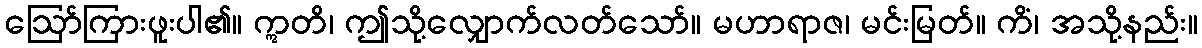
ဩော်ကြားဖူးပါ၏။ ဣတိ၊ ဤသို့လျှောက်လတ်သော်။ မဟာရာဇ၊ မင်းမြတ်။ ကိံ၊ အသို့နည်း။